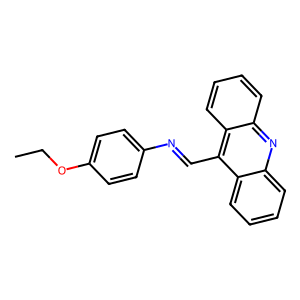
SMILES: CCOc1ccc(N=Cc2c3ccccc3nc3ccccc23)cc1
Inhibits HIV replication: No